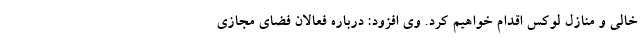
خالی و منازل لوکس اقدام خواهیم کرد. وی افزود: درباره فعالان فضای مجازی